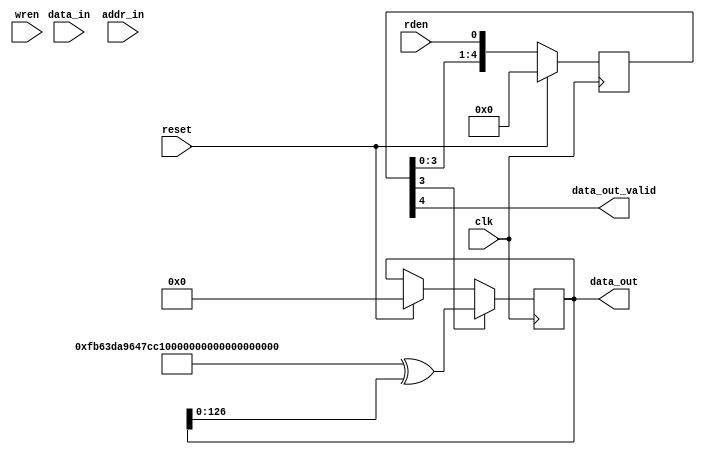
`default_nettype none

// NOTES TO SELF: Please draw meticulous timing and state diagrams.
// TODO: Add dirty check if needed.
/*
- 8 KB cache =  2048 elements of 32-bit = 512 elements of 128-bit
*/

// magic memory. Can accept reads at any time. Releases random valid outputs after a fixed clock cycles of rden.
// consume writes to oblivion. Release fake results after a few cycles
module memory(
	output reg  [127:0] data_out,
	output wire data_out_valid,
	input  wire [127:0] data_in,
	input  wire [031:0] addr_in,
	input  wire rden, wren,
	// misc. signals
	input  wire clk, reset
);
	integer i;
	parameter DELAY = 5;
	
	reg [127:0] gbg_data = 128'hFB63DA9647CC13DC9913FA22DEADBEEF;
	
	reg [DELAY:0] delay_line;
	
	// alias the input 
	always @(*) delay_line[0] = rden;
	
	always @(posedge clk) begin
		if(reset)
			delay_line[DELAY:1] <= 0;
		else
			delay_line[DELAY:1] <= delay_line[DELAY-1:0];
	end
	
	assign data_out_valid = delay_line[DELAY];
	
	always @(posedge clk) begin
		if(reset)
			data_out <= 128'd0;
		if(delay_line[DELAY-1])
			data_out <= gbg_data ^ data_out[126:0];
	end
endmodule

module cache(
	// cpu-cache interface
	output wire interface_ready,
	output reg  [31:0] data_out,
	output reg  data_out_valid,
	input  wire [31:0] data_in,
	input  wire [31:0] addr_in,			// 2 LSbits are essentially useless.
	input  wire rden, wren,
	// cache-mem interface
	output reg  [031:0] mem_addr,
	output reg  [127:0] evictable_cacheline,
	output reg  eviction_wren, mem_read_valid,
	input  wire [127:0] updated_cacheline,
	input  wire cacheline_update_valid,
	// misc. signals
	input  wire clk, reset
);
	integer i;
	
	reg [31:0] memory_core [0:2047];
	reg [18:0] tag_core [0:511];
	reg line_valid [0:511];					// valid
	
	// latchables for miss handling
	reg  [31:0] addr_in_latched, data_in_latched;
	reg  wren_latched, rden_latched;
	
	// internal, muxed signals
	reg  [31:0] addr_in_muxed, data_in_muxed;
	reg  wren_muxed, rden_muxed;
	
	reg  miss_recovery_mode;
	reg  cache_hit;
	wire cache_miss_kickoff;
	
	// address breakdown for simplicity at zero cost.
	wire [18:0] tag_addr  = addr_in_muxed[31-:19];		// 19 bits for tag
	wire [08:0] line_addr = addr_in_muxed[12:4];			// 9 bits for line selection
	wire [10:0] word_addr = addr_in_muxed[12:2];			// 11 bits for word selection.
	wire [01:0] winl_addr = addr_in_muxed[03:2];			// 2 bits for word-in-line address
	
	// ************************************************************* CPU SIDE HANDLING & CACHE_MISS_KICK_OFF ************************************************************* //
	// There was a valid request that caused a cache miss? kickoff the miss_recovery_protocol
	assign cache_miss_kickoff = (rden | wren) & ~cache_hit & ~miss_recovery_mode;			// final AND: masks new kickoffs when in recovery mode
	assign interface_ready = !(cache_miss_kickoff || miss_recovery_mode);
	
	// miss recovery bit driver. We may add state latching logic here.
	always @(posedge clk) begin
		if(reset)
			{addr_in_latched, data_in_latched, wren_latched, rden_latched, miss_recovery_mode} <= {64'd0, 2'b00, 1'b0};
		else if(cache_miss_kickoff) begin
			miss_recovery_mode <= 1'b1;
			addr_in_latched <= addr_in;
			data_in_latched <= data_in;
			wren_latched <= wren;
			rden_latched <= rden;
		end
		else if(miss_recovery_mode & cache_hit)	begin		// miss_recovery mode should override input mux.
			miss_recovery_mode <= 1'b0;
			addr_in_latched <= 32'd0;
			data_in_latched <= 32'd0;
			wren_latched <= 1'b0;
			rden_latched <= 1'b0;
		end
	end
	
	// Input signal mux description
	always @(*) begin
		if(miss_recovery_mode) begin
			addr_in_muxed = addr_in_latched;
			data_in_muxed = data_in_latched;
			wren_muxed = wren_latched;
			rden_muxed = rden_latched;
		end
		else begin
			addr_in_muxed = addr_in;
			data_in_muxed = data_in;
			wren_muxed = wren;
			rden_muxed = rden;
		end
	end
		
	// *** *** *** read driver *** *** *** //
	always @(*) begin
		// CPU interface														
		data_out = memory_core[word_addr];
		cache_hit = line_valid[line_addr] & (tag_addr == tag_core[line_addr]);
		data_out_valid = rden_muxed & cache_hit;
		// Memory interface
		evictable_cacheline = {
			memory_core[{line_addr, 2'b11}],
			memory_core[{line_addr, 2'b10}],
			memory_core[{line_addr, 2'b01}],
			memory_core[{line_addr, 2'b00}]
		};
	end

	// *** *** *** write driver *** *** *** //
	always @(posedge clk) begin
		if(reset)										// reset the dirty and valid situation for the cache.
			for(i=0; i<512; i=i+1)
				line_valid[i] <= 1'b0;
		else begin
			if(wren_muxed & cache_hit)					// don't worry about the device being ready.
				memory_core[word_addr] <= data_in_muxed;
			else if(cacheline_update_valid) begin
				line_valid[line_addr] <= 1'b1; 
				tag_core[line_addr] <= tag_addr;									// update tag, this should result in a cache hit presently.
				memory_core[{line_addr, 2'b11}] <= updated_cacheline[127-:32];
				memory_core[{line_addr, 2'b10}] <= updated_cacheline[095-:32];
				memory_core[{line_addr, 2'b01}] <= updated_cacheline[063-:32];
				memory_core[{line_addr, 2'b00}] <= updated_cacheline[031-:32];
			end
		end
	end
	
	// *************************************************************** EVICTION CONTROL *************************************************************** //
	// 1. Eviction occurs only in miss_recovery_mode
	// Timing Expectations:
	// CLK 0     -> Issues new read address to the RAM.
	// CLK 1     -> Issues write address to the RAM. Initiates a wait of N cycles.
	// CLK N+1   -> Captures the incoming data. When done, cache_hit becomes active. Potential cache writes are done.
	// CLK N+2   -> Miss recovery mode is finished.
	
	reg [1:0] state;
	
	// State control logic.
	always @(posedge clk) begin
		if(reset)
			state <= 2'b00;
		else begin
			case(state)
				2'b00: state <= cache_miss_kickoff ? 2'b01 : 2'b00;			// read state
				2'b01: state <= cacheline_update_valid ? 2'b00 : 2'b10;		// moves to wait state, or bypasses wait state and jumps straight back to speculative read state.
				2'b10: state <= cacheline_update_valid ? 2'b00 : 2'b10;		// waits for cacheline_update_valid, then moves to to speculative read state.
				default: state <= 2'bXX;									// if you are at 2'b11, I don't care where you go. just don't waste my logic elements.
			endcase
		end
	end
	
	// state driven signals. Is a Mealy machine.
	always @(*) begin
		case(state)
			// speculative read state
			2'b00: begin
				mem_addr = {addr_in[31:4], 4'b0000};
				mem_read_valid = cache_miss_kickoff;			// the kickoff cycle is used to issue a read.
				eviction_wren = 1'b0;
			end
			// Eviction write state.
			2'b01: begin
				mem_addr = {tag_core[line_addr], line_addr, 4'b0000};			// address to be evicted
				mem_read_valid = 1'b0;
				eviction_wren = line_valid[line_addr];
			end
			// Response wait state.
			2'b10: begin
				mem_addr = 32'd0;
				mem_read_valid = 1'b0;
				eviction_wren = 1'b0;
			end
			// default
			default: begin
				mem_addr = 32'dX;
				mem_read_valid = 1'bX;
				eviction_wren = 1'bX;
			end
		endcase
	end
	
endmodule

module testbench;
	integer i = 0;
	reg clk, reset;
	
	// cache-mem interface
	wire [031:0] mem_addr;
	wire [127:0] evictable_cacheline;
	wire eviction_wren, mem_read_valid;
	wire [127:0] updated_cacheline;
	wire cacheline_update_valid;
	
	// cpu-cache interface
	wire interface_ready;
	wire [31:0] data_out;
	wire data_out_valid;
	reg  [31:0] data_in;
	reg  [31:0] addr_in;			// 2 LSbits are essentially useless.
	reg  rden, wren;
	
	cache cache_inst(
		// cpu-cache interface
		.interface_ready(interface_ready),
		.data_out(data_out),
		.data_out_valid(data_out_valid),
		.data_in(data_in),
		.addr_in(addr_in),			// 2 LSbits are essentially useless.
		.rden(rden), .wren(wren),
		// cache-mem interface
		.mem_addr(mem_addr),
		.evictable_cacheline(evictable_cacheline),
		.eviction_wren(eviction_wren),
		.mem_read_valid(mem_read_valid),
		.updated_cacheline(updated_cacheline),
		.cacheline_update_valid(cacheline_update_valid),
		// misc. signals
		.clk(clk), .reset(reset)
	);
	
	memory memory_inst(
		.data_out(updated_cacheline),
		.data_out_valid(cacheline_update_valid),
		.data_in(evictable_cacheline),
		.addr_in(mem_addr),
		.rden(mem_read_valid),
		.wren(eviction_wren),
		// misc. signals
		.clk(clk),
		.reset(reset)
	);
	
	initial begin
		$dumpfile("testbench.vcd");
		$dumpvars(0, testbench);
		
		addr_in = 0;
		rden = 0; wren = 0;
		data_in = $random;
		
		#0 clk = 0; reset = 0;
		#1 reset = 1;
		#1 clk = 1;
		#1 clk = 0;
		#1 reset = 0;
		

		
		repeat(200000) begin
			#1 clk = ~clk;
			
			#0.1 i = i+1;
			
			if(i % 10 == 0) begin
				if(i % 30 == 0) begin
					wren = 1;
					data_in = $random;
					addr_in = $random & 13'h1fff;
				end
				else begin
					rden = 1;
				end
			end
			else begin
				rden = 0;
				wren = 0;
			end
				
			#1 clk = ~clk;
			
		end
		
		$finish;
	end
endmodule